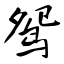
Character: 鸳